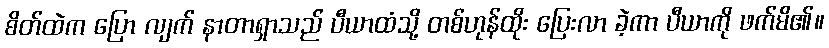
စိတ်ထဲက ပြော လျက် နာတာရှာသည် ပီယာထံသို့ တစ်ဟုန်ထိုး ပြေးလာ ခဲ့ကာ ပီယာကို ဖက်မိ၏။